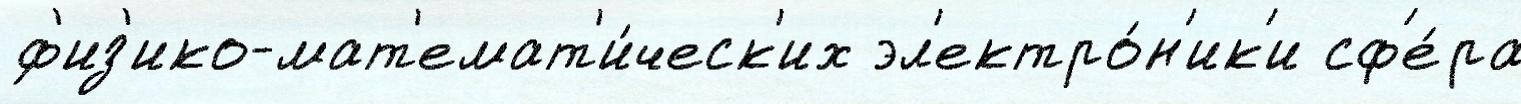
 ф'из'ико-мат'емат'и́ческ'их эл'ектро́н'ик'и сф'е́ра